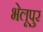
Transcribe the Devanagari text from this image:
भेलूपुर